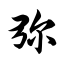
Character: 弥